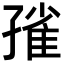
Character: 𡦓